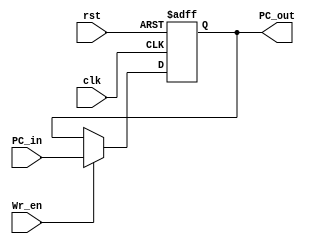
module PC_Reg (
	//INPUTs
	input rst,
	input clk, 				//100Mhz
	input [31:0] PC_in,		//Program Counter 
	input Wr_en,
	
	//OUTPUTs
	output [31:0] PC_out	//Program Counter to be executed this cycle
);

	reg [31:0] PC;
	reg [31:0] Inst;
	
	always @ (posedge clk or negedge rst) begin
		if (~rst) begin
			PC <= 32'h400000;
		end else begin
			if (Wr_en) begin
				PC <= PC_in;
			end
		end
	end
	assign PC_out = PC;
endmodule